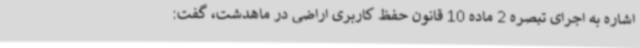
اشاره به اجرای تبصره 2 ماده 10 قانون حفظ کاربری اراضی در ماهدشت، گفت: